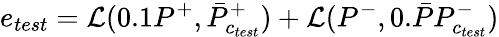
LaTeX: e_{test}=\mathcal{L}(0.1P^{+},\bar{P}_{c_{test}}^{+})+\mathcal{L}(P^{-},0.\bar{P}P_{c_{test}}^{-})